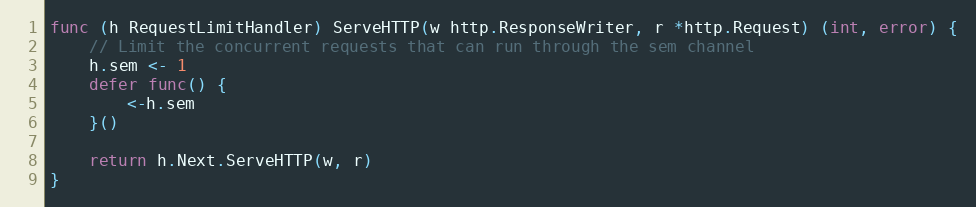
Language: Go
func (h RequestLimitHandler) ServeHTTP(w http.ResponseWriter, r *http.Request) (int, error) {
	// Limit the concurrent requests that can run through the sem channel
	h.sem <- 1
	defer func() {
		<-h.sem
	}()

	return h.Next.ServeHTTP(w, r)
}